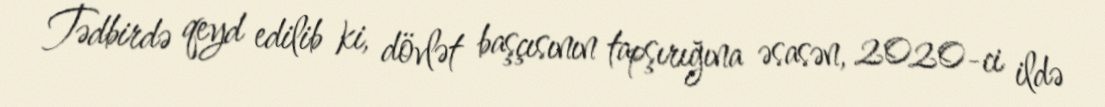
Tədbirdə qeyd edilib ki, dövlət başçısının tapşırığına əsasən, 2020-ci ildə